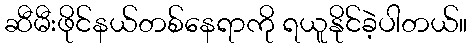
ဆီမီးဖိုင်နယ်တစ်နေရာကို ရယူနိုင်ခဲ့ပါတယ်။